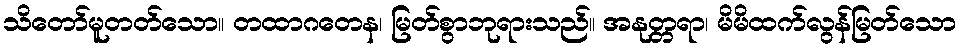
သိတော်မူတတ်သော။ တထာဂတေန၊ မြတ်စွာဘုရားသည်။ အနုတ္တရာ၊ မိမိထက်လွန်မြတ်သော